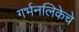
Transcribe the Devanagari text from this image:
गर्भनलिकेचे